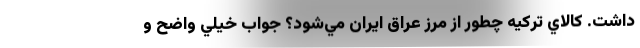
داشت. كالاي تركيه چطور از مرز عراق ايران مي‌شود؟ جواب خيلي واضح و